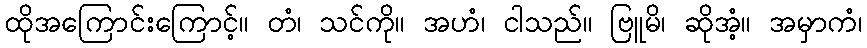
ထိုအကြောင်းကြောင့်။ တံ၊ သင်ကို။ အဟံ၊ ငါသည်။ ဗြူမိ၊ ဆိုအံ့။ အမှာကံ၊